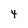
Character: 4